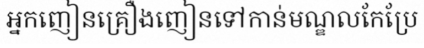
អ្នកញៀនគ្រឿងញៀនទៅកាន់មណ្ឌលកែប្រែ